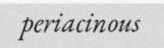
periacinous